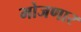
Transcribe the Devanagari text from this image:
मोजणार